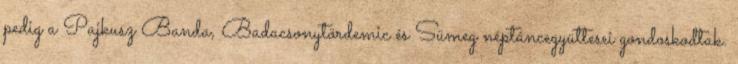
pedig a Pajkusz Banda, Badacsonytördemic és Sümeg néptáncegyüttesei gondoskodtak.